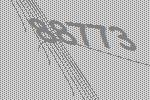
88773